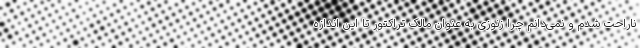
ناراحت شدم و نمی‌دانم چرا زنوزی به عنوان مالک تراکتور تا این اندازه